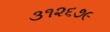
૩૧૨૬૭૯